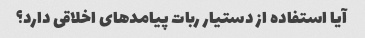
آیا استفاده از دستیار ربات پیامدهای اخلاقی دارد؟